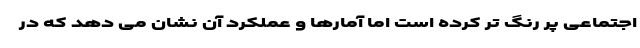
اجتماعی پر رنگ تر کرده است اما آمارها و عملکرد آن نشان می دهد که در